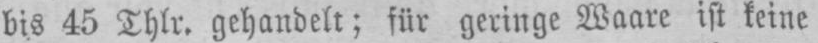
bis 45 Thlr. gehandelt; für geringe Waare ist keine